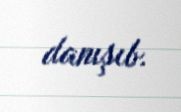
danışıb.